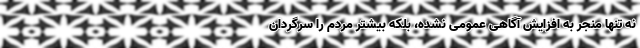
نه تنها منجر به افزایش آگاهی عمومی نشده، بلکه بیشتر مردم را سرگردان